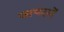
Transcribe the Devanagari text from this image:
जायदादें